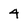
Character: 4